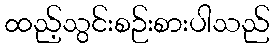
ထည့်သွင်းစဉ်းစားပါသည်